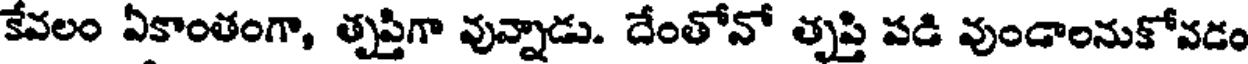
కేవలం ఏకాంతంగా, తృప్తిగా వున్నాడు. దేంతోనో తృప్తి పడి వుండాలనుకోవడం